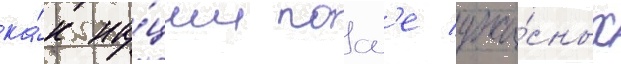
ка́к на́ции посл'е ужа́сных